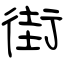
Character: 街